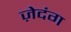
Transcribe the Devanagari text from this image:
ज़ेदंग